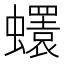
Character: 𧔘